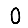
Digit: 0